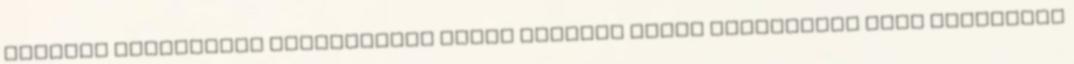
erdélyi református püspökökről szóló Smirnai Szent Polikárpus című könyvének